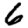
Digit: 6